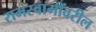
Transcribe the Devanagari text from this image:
रामस्वामींवरील